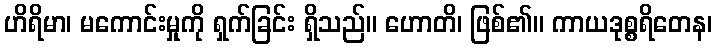
ဟိရိမာ၊ မကောင်းမှုကို ရှက်ခြင်း ရှိသည်။ ဟောတိ၊ ဖြစ်၏။ ကာယဒုစ္စရိတေန၊